Assam Mental Hospital (Tezpur, India) - 1933-1948
Year: 1933
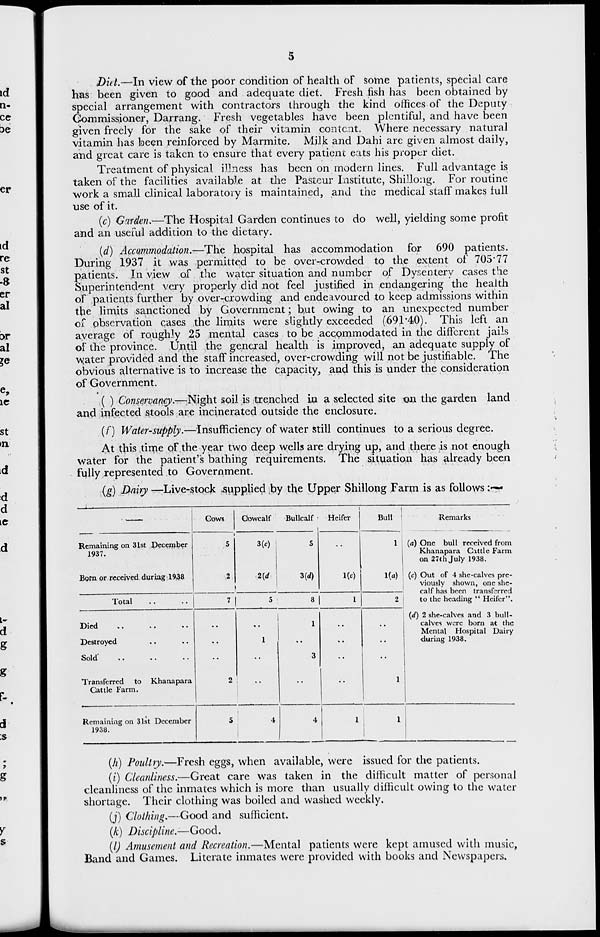
5
Diet.—In view of the poor condition of health of some patients, special care
has been given to good and adequate diet. Fresh fish has been obtained by
special arrangement with contractors through the kind offices of the Deputy
Commissioner, Darrang. Fresh vegetables have been plentiful, and have been
given freely for the sake of their vitamin content. Where necessary natural
vitamin has been reinforced by Marmite. Milk and Dahi are given almost daily,
and great care is taken to ensure that every patient eats his proper diet.
Treatment of physical illness has been on modern lines. Full advantage is
taken of the facilities available at the Pasteur Institute, Shillong. For routine
work a small clinical laboratory is maintained, and the medical staff makes full
use of it.
(c) Garden.—The Hospital Garden continues to do well, yielding some profit
and an useful addition to the dietary.
(d) Accommodation.—The hospital has accommodation for 690 patients.
During 1937 it was permitted to be over-crowded to the extent of 705.77
patients. In view of the water situation and number of Dysentery cases the
Superintendent very properly did not feel justified in endangering the health
of patients further by over-crowding and endeavoured to keep admissions within
the limits sanctioned by Government; but owing to an unexpected number
of observation cases the limits were slightly exceeded (691.40). This left an
average of roughly 25 mental cases to be accommodated in the different jails
of the province. Until the general health is improved, an adequate supply of
water provided and the staff increased, over-crowding will not be justifiable. The
obvious alternative is to increase the capacity, and this is under the consideration
of Government.
(e) Conservancy.—Night soil is trenched in a selected site on the garden land
and infected stools are incinerated outside the enclosure.
(f) Water-supply.—Insufficiency of water still continues to a serious degree.
At this time of the year two deep wells are drying up, and there is not enough
water for the patient's bathing requirements. The situation has already been
fully represented to Government.
(g) Dairy —Live-stock supplied by the Upper Shillong Farm is as follows :
—
—
Remaining on 31st December
1937.
Born or received during 1938
Total .. ..
Died .. .. ..
Destroyed .. ..
Sold
..
..
..
Transferred to Khanapara
Cattle Farm.
Remaining on 31st December
1938.
Cows
5
2
7
..
..
..
2
5
Cowcalf
3(c)
2(d)
5
..
1
..
..
4
Bullcalf
5
3(d)
8
1
..
3
..
4
Heifer
..
1(c)
1
..
..
..
..
1
Bull
1
1(a)
2
..
..
..
1
1
Remarks
(a) One bull received from
Khanapara Cattle Farm
on 27th July 1938.
(c) Out of 4 she-calves pre-
viously shown, one she-
calf has been transferred
to the heading " Heifer".
(d) 2 she-calves and 3 bull-
calves were born at the
Mental Hospital Dairy
during 1938.
(h) Poultry.—Fresh eggs, when available, were issued for the patients.
(i) Cleanliness.—Great care was taken in the difficult matter of personal
cleanliness of the inmates which is more than usually difficult owing to the water
shortage. Their clothing was boiled and washed weekly.
(j) Clothing.—Good and sufficient.
(k) Discipline.—Good.
(l) Amusement and Recreation.—Mental patients were kept amused with music,
Band and Games. Literate inmates were provided with books and Newspapers.